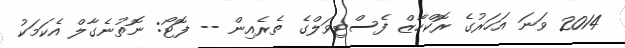
2014 ވަނަ އަހަރުގެ ރޮކްހާޒް ފެސްޓިވަލްގެ ތެރެއިން -- ފޮޓޯ: ނޮތުނެގާލް އެކަމަކު